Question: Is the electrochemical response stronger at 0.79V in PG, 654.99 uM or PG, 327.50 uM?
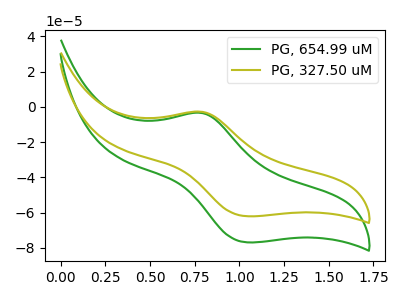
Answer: <think>The green curve "PG, 654.99 uM" has an anodic peak at (0.80V, -3.45uA) and a cathodic peak at (1.05V, -76.95uA). The olive curve "PG, 327.50 uM" has an anodic peak at (0.80V, -2.75uA) and a cathodic peak at (1.05V, -62.10uA).</think>
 <answer>The peak at 0.79V is lower in "PG, 654.99 uM" than in "PG, 327.50 uM".</answer>
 <eval>lower</eval>